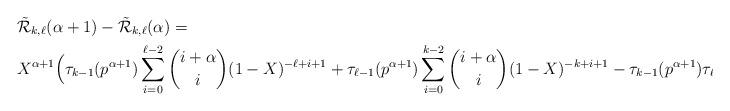
LaTeX: \begin{align*} & \tilde{\mathcal{R}}_{k,\ell}(\alpha+1)-\tilde{\mathcal{R}}_{k,\ell}(\alpha) = \\ & X^{\alpha+1} \Big( \tau_{k-1}(p^{\alpha+1}) \sum_{i=0}^{\ell-2} \binom{i+\alpha}{i}(1-X)^{-\ell+i+1} +\tau_{\ell-1}(p^{\alpha+1}) \sum_{i=0}^{k-2} \binom{i+\alpha}{i}(1-X)^{-k+i+1} -\tau_{k-1}(p^{\alpha+1}) \tau_{\ell-1}(p^{\alpha+1}) \Big).\end{align*}